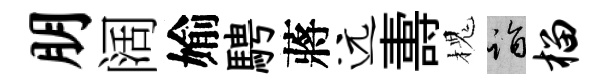
朋阔媮騁蔣远夀槐诣榴